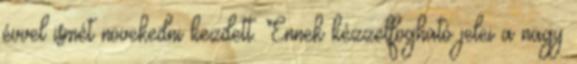
évvel ismét növekedni kezdett. Ennek kézzelfogható jelei a nagy